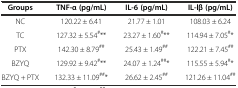
| Groups | TNF-α (pg/mL) | IL-6 (pg/mL) | IL-lβ (pg/mL) |
 | --- | --- | --- | --- |
 | NC | 120.22 ± 6.41 | 21.77 ± 1.01 | 108.03 ± 6.24 |
 | TC | 127.32 ± 5.54#** | 23.27 ± 1.60#** | 114.94 ± 7.05#* |
 | PTX | 142.30 ± 8.79## | 25.43 ± 1.49## | 122.21 ± 7.45## |
 | BZYQ | 129.92 ± 9.42#** | 24.07 ± 1.24##* | 115.55 ± 5.94#* |
 | BZYQ + PTX | 132.33 ± 11.09##* | 26.62 ± 2.45## | 121.26 ± 11.04## |